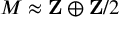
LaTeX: M \approx \mathbf { Z } \oplus \mathbf { Z } / 2